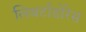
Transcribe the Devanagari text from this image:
लिबर्टाडोरेस